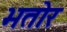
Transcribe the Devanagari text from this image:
भतोर